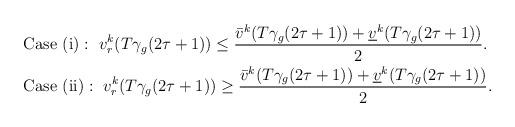
LaTeX: \begin{align*}\begin{aligned}& \mbox{Case (i)}:~v^k_{r}(T\gamma_g (2\tau+1))\leq\frac{\bar{v}^k (T\gamma_g (2\tau+1))+\underline{v}^k(T\gamma_g(2\tau+1))}{2}. \\& \mbox{Case (ii)}:~v^k_{r}(T\gamma_g (2\tau+1))\geq\frac{\bar{v}^k (T\gamma_g (2\tau+1))+\underline{v}^k(T\gamma_g(2\tau+1))}{2}.\end{aligned}\end{align*}